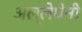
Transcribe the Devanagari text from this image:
अल्लेघेनी